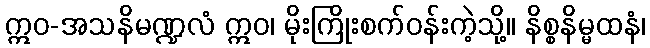
ဣဝ-အသနိမဏ္ဍလံ ဣဝ၊ မိုးကြိုးစက်ဝန်းကဲ့သို့။ နိစ္စနိမ္မထနံ၊